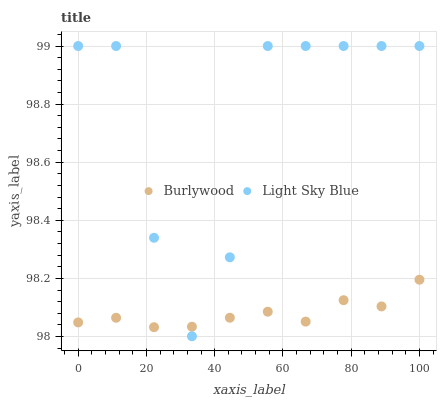
| xaxis_label | Burlywood | Light Sky Blue |
 | --- | --- | --- |
 | 0 | 98 | 99 |
 | 11.1 | 98.1 | 99 |
 | 22.2 | 98 | 98.3 |
 | 33.3 | 98 | 98 |
 | 44.4 | 98.1 | 98.3 |
 | 55.6 | 98.1 | 99 |
 | 66.7 | 98.1 | 99 |
 | 77.8 | 98.1 | 99 |
 | 88.9 | 98.1 | 99 |
 | 100 | 98.2 | 99 |